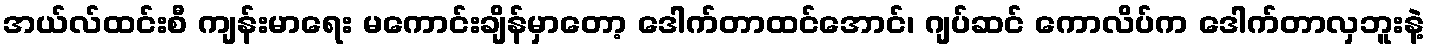
အယ်လ်ထင်းစီ ကျန်းမာရေး မကောင်းချိန်မှာတော့ ဒေါက်တာထင်အောင်၊ ဂျပ်ဆင် ကောလိပ်က ဒေါက်တာလှဘူးနဲ့